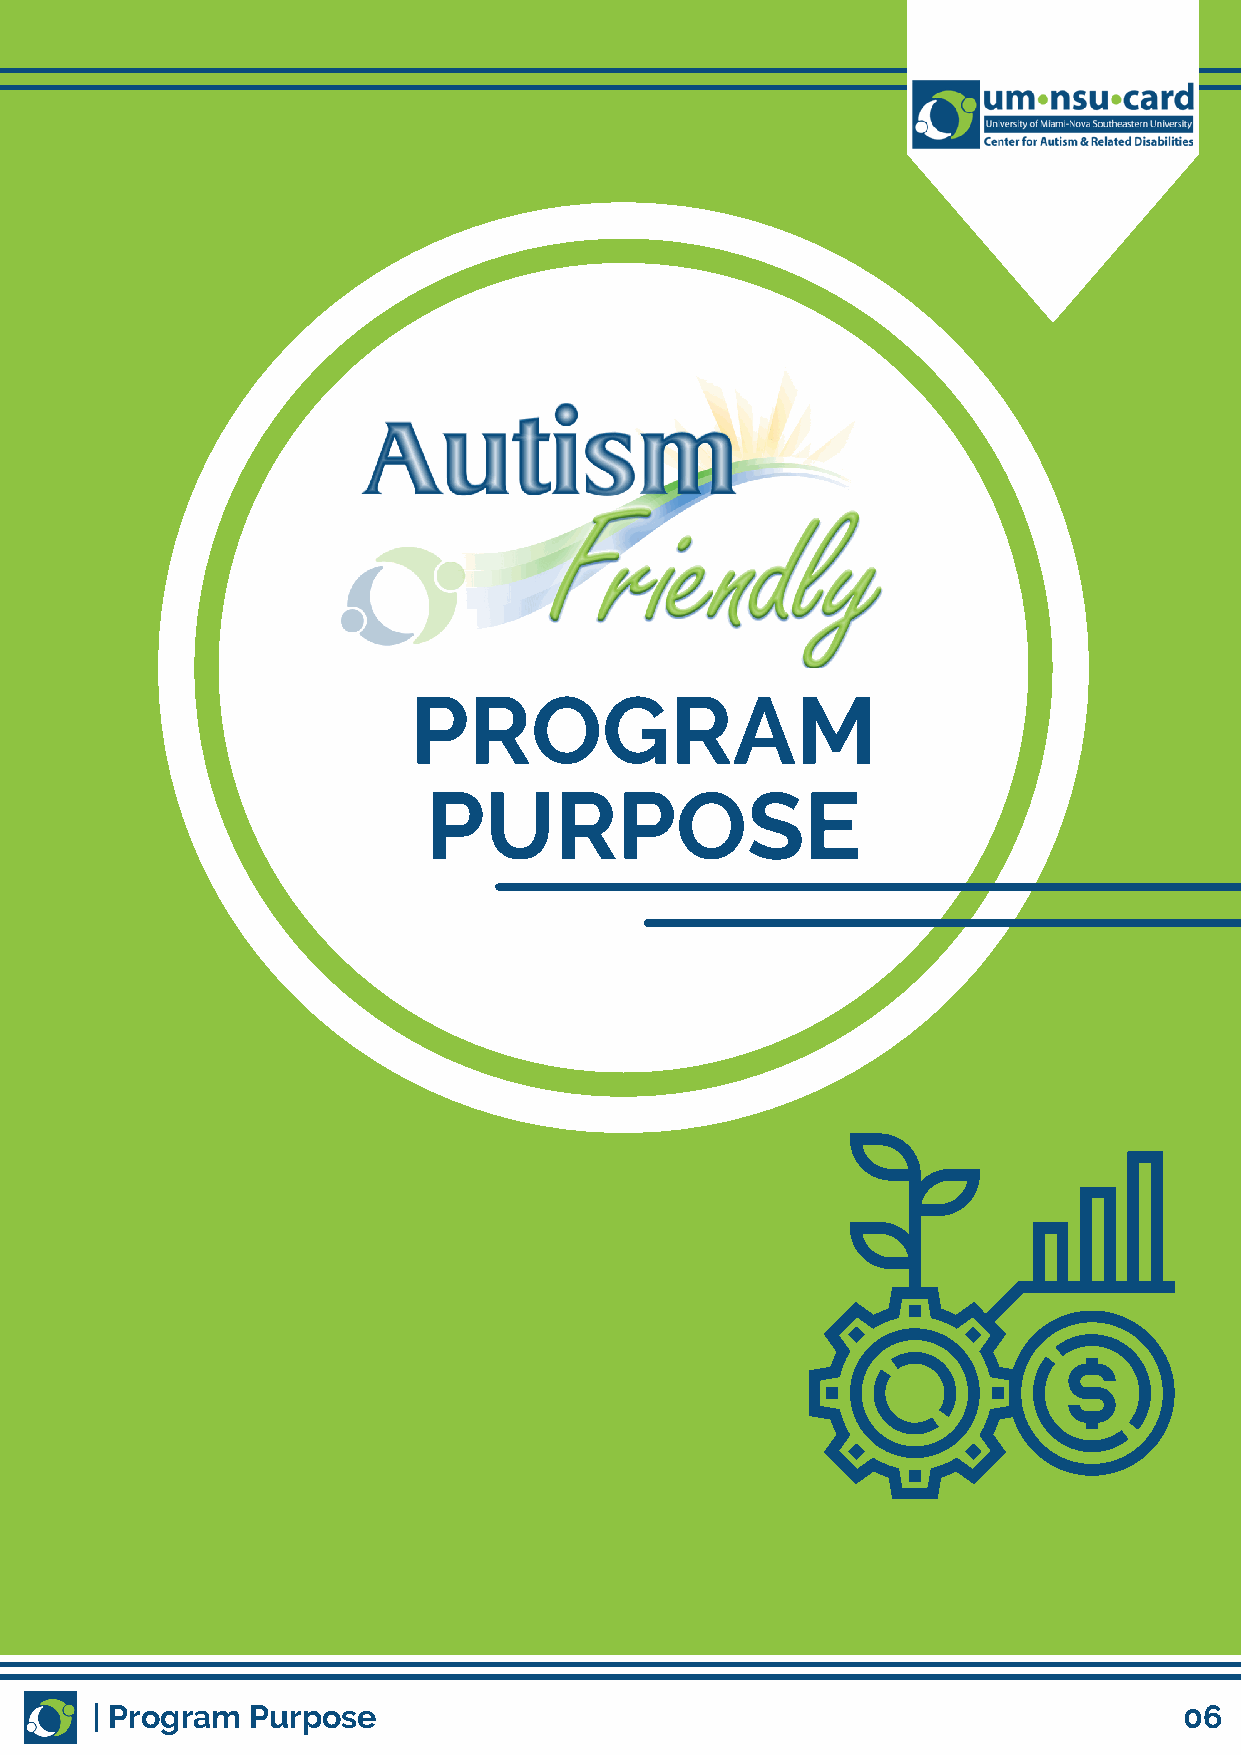
PROGRAM
 PURPOSE
 | Program Purpose                                                       06